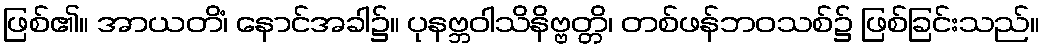
ဖြစ်၏။ အာယတိံ၊ နောင်အခါ၌။ ပုနဗ္ဘဝါသိနိဗ္ဗတ္တိ၊ တစ်ဖန်ဘဝသစ်၌ ဖြစ်ခြင်းသည်။